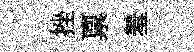
挫禀羞